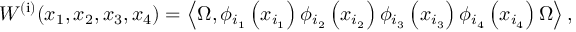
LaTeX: W ^ { \left( \mathrm { i } \right) } { \left( x _ { 1 } , x _ { 2 } , x _ { 3 } , x _ { 4 } \right) } = \left\langle \Omega , \phi _ { { i } _ { 1 } } \left( x _ { { i } _ { 1 } } \right) \phi _ { { i } _ { 2 } } \left( x _ { { i } _ { 2 } } \right) \phi _ { { i } _ { 3 } } \left( x _ { { i } _ { 3 } } \right) \phi _ { { i } _ { 4 } } \left( x _ { { i } _ { 4 } } \right) \Omega \right\rangle ,